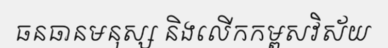
ធនធានមនុស្ស និងលើកកម្ពសវិស័យ